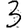
Digit: 3